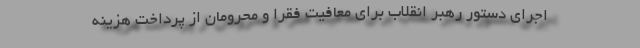
اجرای دستور رهبر انقلاب برای معافیت فقرا و محرومان از پرداخت هزینه